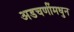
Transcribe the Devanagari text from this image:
अडचणींमधुन